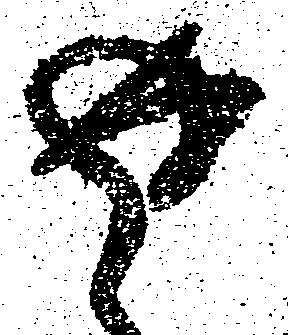
返